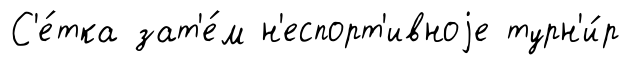
С'е́тка зат'е́м н'еспорт'ивноjе турн'и́р